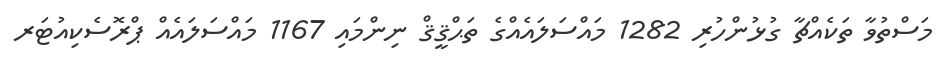
މަސްތުވާ ތަކެއްޗާ ގުޅުންހުރި 1282 މައްސަލައެއްގެ ތަޙްޤީޤް ނިންމައި 1167 މައްސަލައެއް ޕްރޮސެކިއުޓަރ